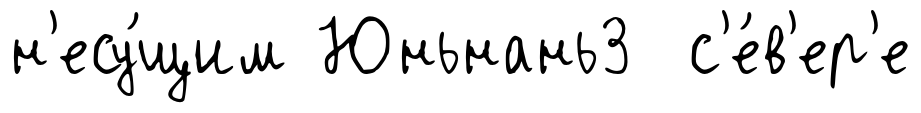
н'есу́щим Юньнань3 с'е́в'ер'е